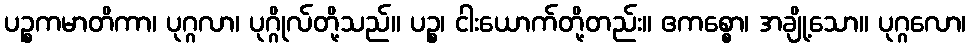
ပဉ္စကမာတိကာ၊ ပုဂ္ဂလာ၊ ပုဂ္ဂိုလ်တို့သည်။ ပဉ္စ၊ ငါးယောက်တို့တည်း။ ဧကစ္စော၊ အချို့သော။ ပုဂ္ဂလော၊